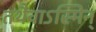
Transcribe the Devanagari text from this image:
तथैवाऽस्मिन्